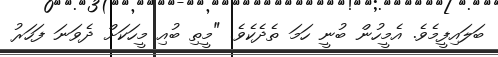
ބަލައިފީމެވެ. އެމީހުން ބުނީ ހަމަ ތެދެކެވެ. "މީތި ބުއި މީހަކަށް ދެވަނަ ފަހަރު